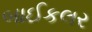
બાઈકલર